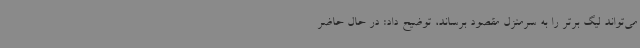
می‌تواند لیگ برتر را به سرمنزل مقصود برساند، توضیح داد: در حال حاضر